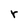
Character: r